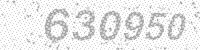
Solution: 630950